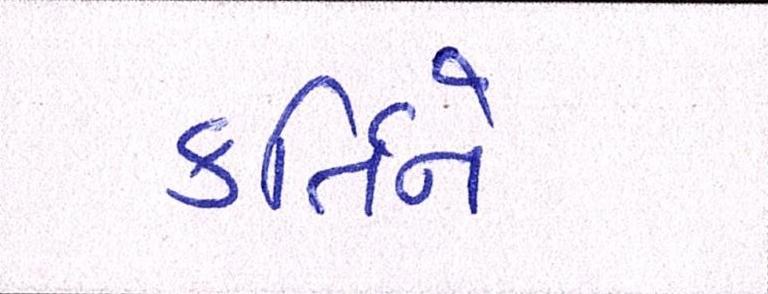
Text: ર્કતિને